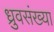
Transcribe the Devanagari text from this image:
ध्रुवसंख्या